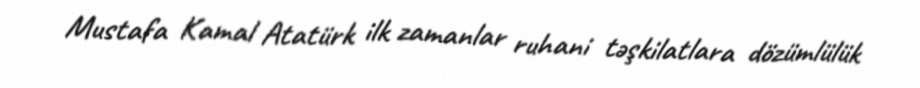
Mustafa Kamal Atatürk ilk zamanlar ruhani təşkilatlara dözümlülük